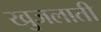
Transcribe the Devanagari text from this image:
खुजलाती